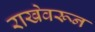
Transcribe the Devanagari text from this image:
राखेवरून